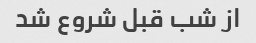
از شب قبل شروع شد